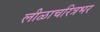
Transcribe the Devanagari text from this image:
लीळाचरित्रभर